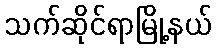
သက်ဆိုင်ရာမြို့နယ်